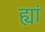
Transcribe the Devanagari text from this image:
ह्यां